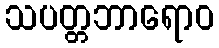
သပတ္တဘာရောဝ